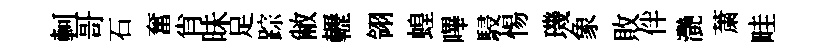
軻哥石奮肖昧足踪敝轣翎蝗嗶駸惕璣象敗伴灧䔥畦